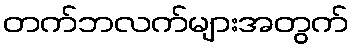
တက်ဘလက်များအတွက်